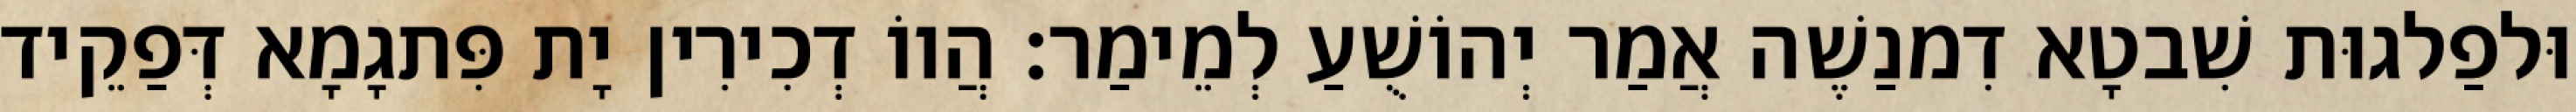
וּלפַלגוּת שִׁבטָא דִמנַשֶׁה אֲמַר יְהוֹשֻׁעַ לְמֵימַר׃ הֲווֹ דְכִירִין יָת פִּתגָמָא דְּפַקֵיד